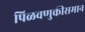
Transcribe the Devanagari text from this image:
पिळवणुकीसमान